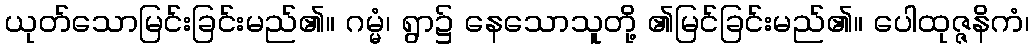
ယုတ်သောမြင်းခြင်းမည်၏။ ဂမ္မံ၊ ရွာ၌ နေသောသူတို့ ၏မြင်ခြင်းမည်၏။ ပေါထုဇ္ဇနိကံ၊